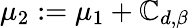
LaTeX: \mu_{2}:=\mu_{1}+\mathbb{C}_{d,\beta}